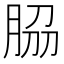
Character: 𦚰